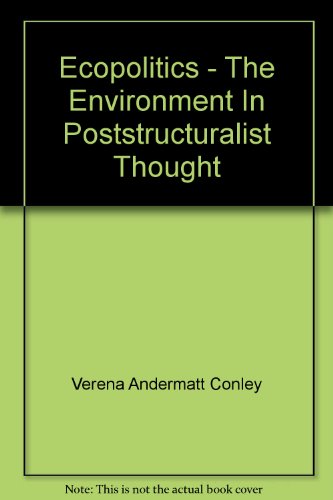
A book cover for Ecopolitics - The Environment In Poststructuralist Thought; Verena Andermatt Conley; History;